Newspaper: The daily phoenix. [volume]
Place of publication: Columbia, S.C.
Publisher: Julian A. Selby
Date: 1865-09-28 00:00:00
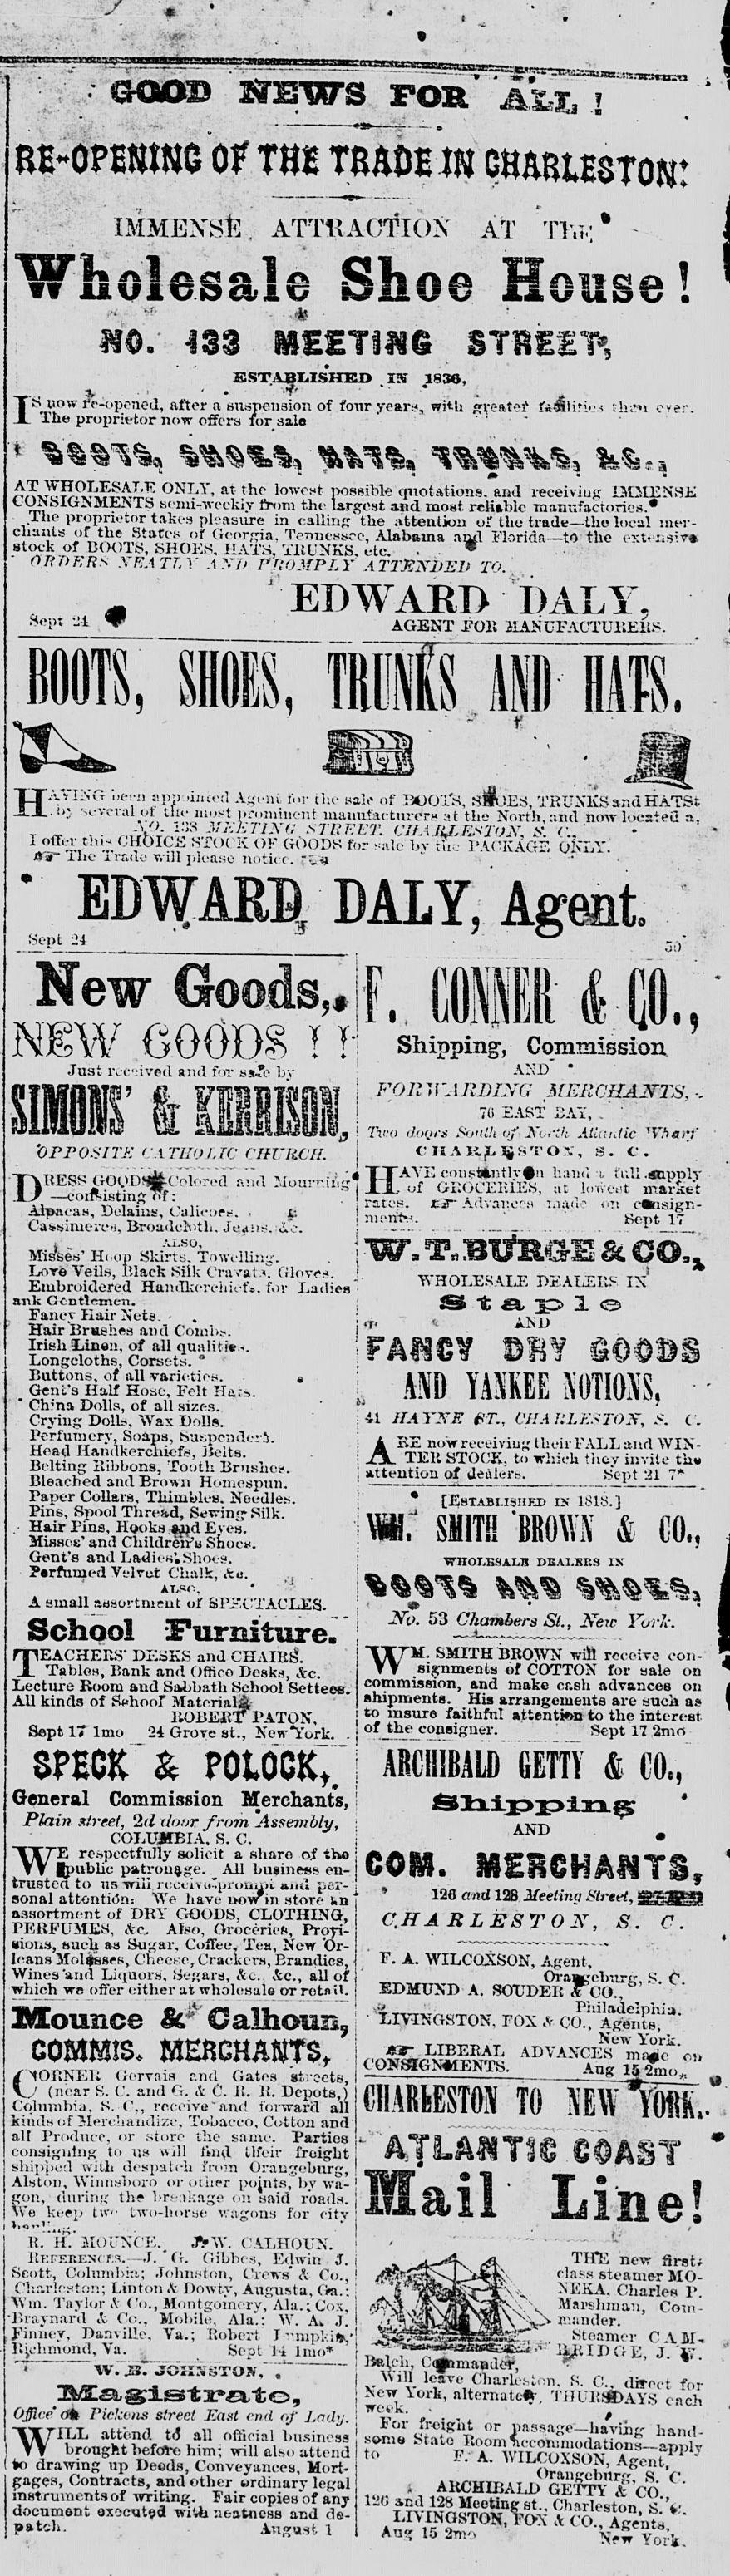
Advertisement text (OCR):
-mun V-m ? wsw si. I TITIT^.-PMUIIMII I i KI u^^CTSg^rrir-OTssasgatr CKSOD N?WS PO? AI2X1 ! 0? THE T?&?EJW C?ISTOl?? IMMENSE, ATTRACTION AT TT,;;* Shoe House! m. *33 MEETi?? STREET?, SST.V3LISHED ITS 1836, now reopened, after a suspension of .fotir years? with ?reatef f?$liri"< fha?? ove:-. The proprietor now offers for sale ?j ? * s m ' ' I AT WHOLESALE ONLY, at the lowest possible quotations, and receiviug IMMENSE CONSIGNMENTS semi-weekly from the largest and most reliable manufactories.* ' The proprietor takes pleasure in calling the attention of the trade-the local mer? chants of the States or Georgia, Tennessee, Alabama anil Florida-to the extensiva I stock of BOOTS, SHOES, HATS. TRUNKS, etc. . - * . Of?T)KRs NEATLY A Nit V COMPLY ATTENDED TO. EDWAET> DALY, Sen; Jl W AGENT ?OR ?LA.N UFACTURERS. "necii apo ?hued Agi-ni for the sale of BOOTS, S&>ES, TRUNKS and HATSt . ic several of the most prominent manufacturers :st the North, and now located a, AO. 138 MEETING STREET. CHARLESTON, &. '?. I offer chis CHOICE STO( K OF GOODS for sale by thc PACKAGE ONLY. ?J9~ Tlie Trade will please notice. ";_-?j ' EDWARD, DALY, Agent Sept H -j 30 New Goods,* GOODS 11 Just received and for ss-To by i ina. 'OPPOSITE CATHOLIC CHURCH. GOOD?Colored and Mourning' -consisting of : Alpacas, Delains, Calicoes. . t. Caesimercs, Broade?oth. Je?ms. ic. Misses' Hoop Skirts, Towelling. Lore Veils, Black Silk Cravat ?, (?loves. Embroidered Handkerchiefs, for Ladies artk G in tl omen. Fancy Hair Nets. . Hair Brushes and Corni..-,. Irish Linen, of all qualities. Longcloths, Corsets. " Buttons, of all varieties. ? ! Gent's Half Hose, Felt Hair*. " Ch;na Dolls, of all sizes. Crying Dolls, Was DoUs. i Perfumery, Soaps, Suspender?. ! Head Handkerchiefs, Beits, j Belting Ribbons, Tooth Brushes, j Bleached and Brown Homespun. Paper Collars, Thimbles, Needles. Pins, Spool Thread, Sewing- Silk. Hair Pins, Hooks .??jd Eves. Misse?' and Cliildr?ir'u Shoe*. Gent's and LadieK.Shoes. Perfumed Velvet Chalk, Au. ^ . j AXSO, ' A small assortniput of SPi-'CTACLES. School Furniture. DESKS and CHAIRS*. Tables, Bank and Office Desks, &c. 1 Lecture Room and Sabbath School Settees. AU kinds of Snhooi Matoriabi ROBERT PATON, Sept 17 Imo 24 Grove st., New*Yurk. SPECK & POIOCK; " General Commission Merchants, Plain street, 2d dour from Assembly, COLUMBIA. S. C. respectfully solicit a share of tho (public patronage. _ AU business en? trusted to us wili rcceivuZproruni und per? sonal attention: We have now in store tn assortment of DRY GOODS, CLOTHING, PERFUMES, Ac. Also, Groceries, Provi? dions, such as Sugar. Coffee, Tea, New 'Or? leans Molasses, Cheese, Crackers, Brandies. Wines and Liquors", Segara, <fcc, aU oi which we offer either at wholesale or retnil. Bc Calhoun, COMMIS- ME?CH??T$t (1 ORNER Gervais arni Gates streets J (near S. C. and G. & C. R. R. Depots,; Columbia, S. C., receive ' am! forward al kinds of Merchandize, Tobacco, Cotton an< all Produce, or store thc same. Parties consigning to us will find tKeir froigh: shipped with despatch from Orangeburg Alston, Winnsboro or other points, by wa' gen, during the breakage on said roads keep tw two-horse wagons for cit* R. "lf.' MOUNCE., JVW. CALHOUN. REFERENCES. J. "G. Gibbes, Edwin J Scott, Columbia; Johnston, Crews" A Co. Charleston; Linton .V Dowty, Augusta. Ga. Taylor A Co., Montgomery, Ala.; Cos .Braynard A Co.. Mobile, Ala'.: W. A. ,1 Finney, Danville, Va.; Robert I-v. napkin Richmond, Va. Sept M Imo* "> XV7jB. ?J???sWTOli,' Magistrate, O?ice' a% Pickens street East end of Lady attend td aU official busbies brought hefOro him; will also attem te drawing up Deeds, Conveyances, Mort gages, Contracts, and ether ?rdinary lega instruments of writing. Fair copies nf an document executed wiUi neatness and de patch. August 1 if. MIH iHO., Shipping, Commission AND* * ! FOR WA RBLNG MER CHANTS, ?. TU EAST BAY, . I Tico ./?oes Sonni of Nocih Atlantic Wharf CHARL'ISTOX, S. C. 1TTAVE cousl$ntly#n hand i tVdi.?pply I li. of GROCERIES, ?it lowest marett rates. Advances made <<*A ctosign ! merifcw. Sept 17 WHOLESALE DEALERS IN Staple j* ? SHU IA-.?A UL llUllVllU. ?41 MAYNE ST., CHARLESTON, S. C. ABE nowreceiviu;,' their FALL and WIN TEH STOCK, to which they invite th? \ attention of Jeuler?. Sept 21 7* * [ESTABLISH KD IS 1818.] M SHIT!! BROWS & CO., ?WnOI.KHALtl nEAI.KRS IN .> ; No. 53 Chambers St., New York. j "\TTM. SMITH BROWN will receive con ! TT signments of COTTON for sale on commission, and make cash advances on j shipments. His arrangements are such a.? i to unsure faithful attention to the interest ! of the consigner. Sept 17 2mo j ARCHIBALD GETTY & CO., AND # COM. MERCHANTS, ? . 126 and 128 Meelina Street, ffigBg? CHARLESTON, S. C. F. A. WILCOXSON, Agent, Oravgcbuxg, s. C. EDMUND A. SOUDEE ?CO., j* Philadelphia. LIVINGSTON. FOX * CO., Agents, I New Y'ork. ?a- LIBERAL ADVANCES mate on CONSIGNMENTS. Aug 15 2m?,. CHARLESTON TO M?*Y1K, j' ATLANTIC COAST Mail Line! i ?"t THE new first? 1 J^R?^?>J_>% K class steamer MO : 4*W?lwn^\ NEKA, diaries 1'. ^ 'l^^^V M*1,i!jm,a'1' Com ? Belch, C^nfaB^or, ^1 J) ( < E, J. ?.. I Will leave Charleston, S. C.. dirccl for . New York, alternate*-, THURSDAYS each ! week. f j For freight or passage-having hand? some State Room * ccoiumodations-apply to F. A. WILCOXSON, Agent, * Orangeburg, S. C. fi ARCHH1AIJ> GETTY & CO. 12G and 128 Meeting st., Charleston. S. V' LIVINGSTON, FOX A CO., Agents " Aa? 15 2mo New York.
Label: illustrations